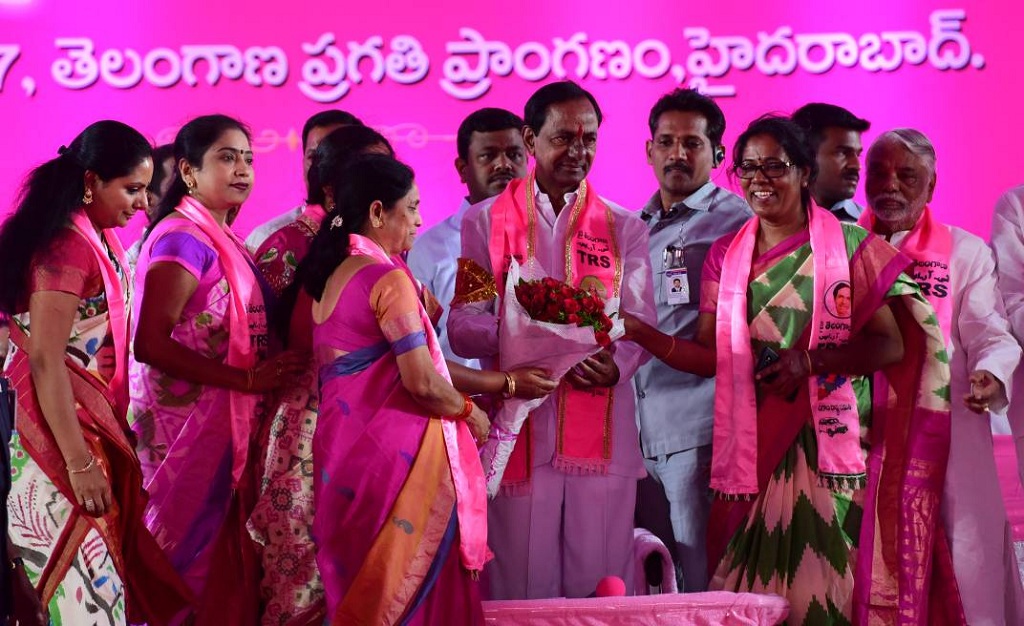
Language: telugu
Transcription: ప్రగతి ప్రాంగణం, హైదరాబాద్. తెలంగాణ